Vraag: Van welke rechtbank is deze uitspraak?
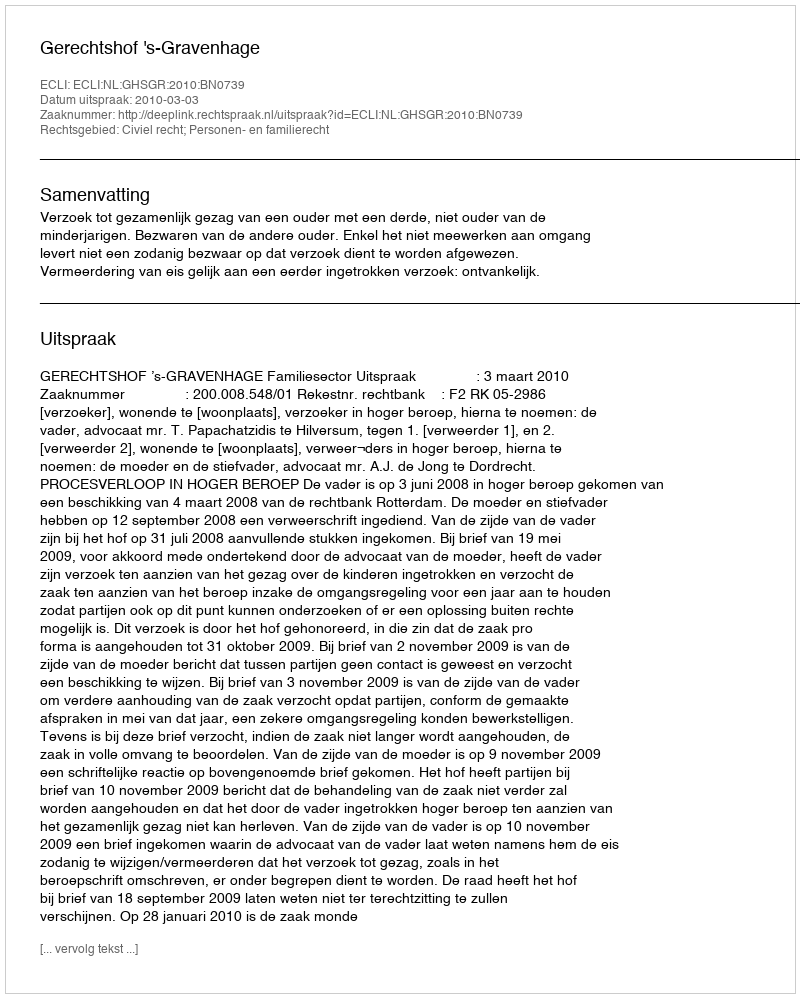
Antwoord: Gerechtshof 's-Gravenhage